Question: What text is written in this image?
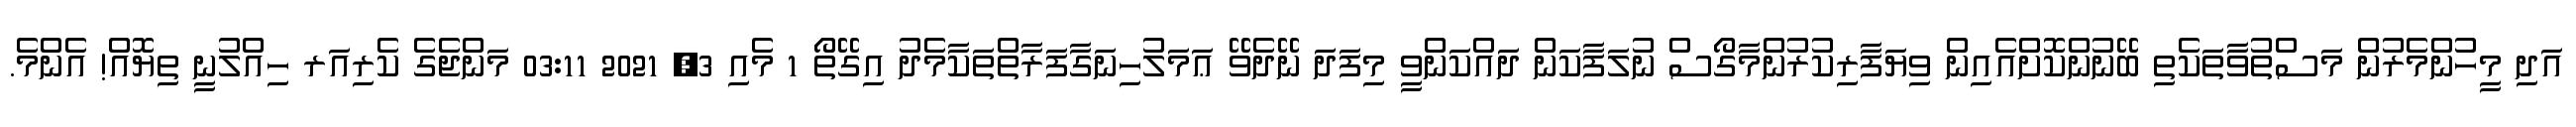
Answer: އަދި މީހުންމެރުން މަސްތުވާތަކެތި ބޭނުންކޮށްއެއިން ވިޔަފާރިކުރުންމާގޯސް ނުލަފާކަން ދައްކަންވީ މިފަދަ ނޭދެވޭ ޢަމަލުހިނަގާފަރާތްތަކާމެދު އިގޭތޯ 1 މެއި 3, 2021 03:11 މަންޖެގެ ކެރިއަރ ހިއްލުނީ ތިޔޮއް! އެންމެ.